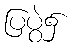
ပြပွဲ၌